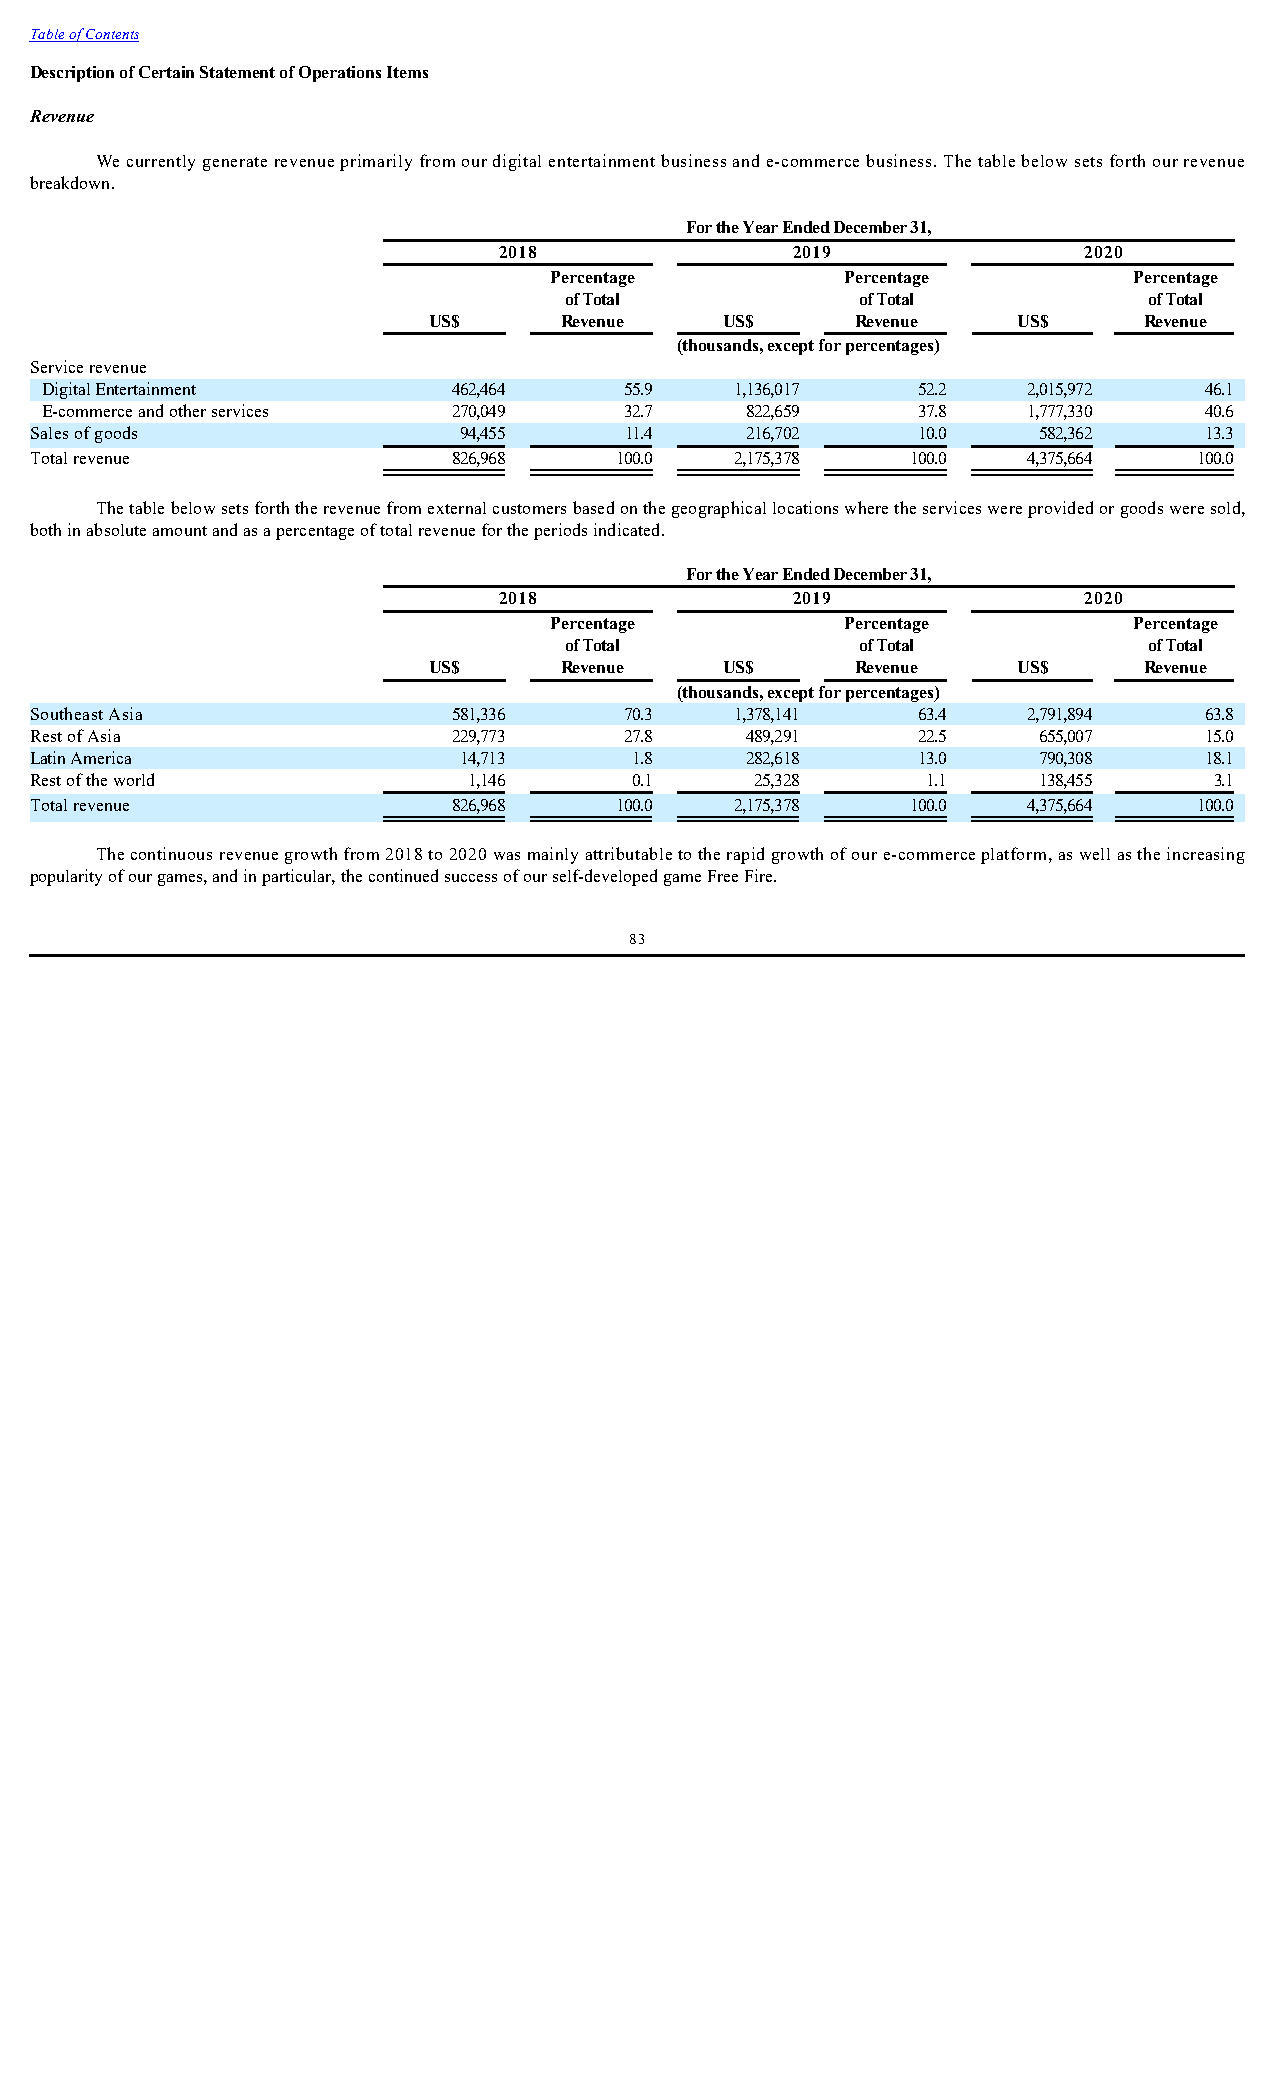
Table of Contents
 Description of Certain Statement of Operations Items
 Revenue
 We currently generate revenue primarily from our digital entertainment business and e-commerce business. The table below sets forth our revenue
 breakdown.
 For the Year Ended December 31,
 2018               2019                2020
 Percentage          Percentage         Percentage
 of Total            of Total           of Total
 US$      Revenue    US$      Revenue   US$      Revenue
 (thousands, except for percentages)
 Service revenue
 Digital Entertainment      462,464    55.9    1,136,017   52.2   2,015,972   46.1
 E-commerce and other services 270,049 32.7    822,659     37.8   1,777,330   40.6
 Sales of goods              94,455     11.4    216,702     10.0    582,362    13.3
 Total revenue               826,968    100.0   2,175,378  100.0   4,375,664  100.0
 The table below sets forth the revenue from external customers based on the geographical locations where the services were provided or goods were sold,
 both in absolute amount and as a percentage of total revenue for the periods indicated.
 For the Year Ended December 31,
 2018               2019                2020
 Percentage          Percentage         Percentage
 of Total            of Total           of Total
 US$      Revenue    US$      Revenue   US$      Revenue
 (thousands, except for percentages)
 Southeast Asia              581,336    70.3    1,378,141   63.4   2,791,894   63.8
 Rest of Asia                229,773    27.8    489,291     22.5    655,007    15.0
 Latin America               14,713      1.8    282,618     13.0    790,308    18.1
 Rest of the world            1,146      0.1     25,328     1.1     138,455    3.1
 Total revenue               826,968    100.0   2,175,378  100.0   4,375,664  100.0
 The continuous revenue growth from 2018 to 2020 was mainly attributable to the rapid growth of our e-commerce platform, as well as the increasing
 popularity of our games, and in particular, the continued success of our self-developed game Free Fire.
 83